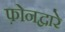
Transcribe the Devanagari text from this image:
फ़ोनद्वारे